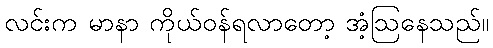
လင်းက မာနာ ကိုယ်ဝန်ရလာတော့ အံ့ဩနေသည်။